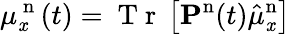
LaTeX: \mu_{\mathit{x}}^{\mathrm{{~n~}}}(t)=\mathrm{{~T~r~}}\left[\mathbf{{P^{\mathrm{{n}}}}}(t)\hat{{\mu}}_{\mathit{x}}^{\mathrm{{n}}}\right]